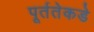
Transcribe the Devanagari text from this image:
पूर्ततेकडे